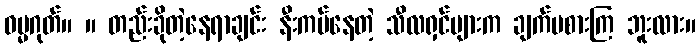
ဓမ္မဂုတ်။ ။ တည်းခိုတဲ့နေရာချင်း နီးကပ်နေတဲ့ သီလရှင်များက ချက်မစားကြ ဘူးလား။